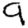
Digit: 9